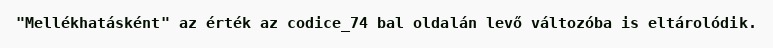
"Mellékhatásként" az érték az codice_74 bal oldalán levő változóba is eltárolódik.